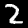
Digit: 2